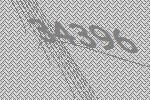
34396